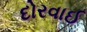
દોરવાઈ